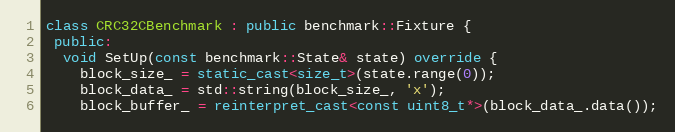
Language: C++
class CRC32CBenchmark : public benchmark::Fixture {
 public:
  void SetUp(const benchmark::State& state) override {
    block_size_ = static_cast<size_t>(state.range(0));
    block_data_ = std::string(block_size_, 'x');
    block_buffer_ = reinterpret_cast<const uint8_t*>(block_data_.data());